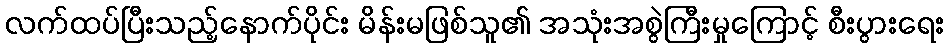
လက်ထပ်ပြီးသည့်နောက်ပိုင်း မိန်းမဖြစ်သူ၏ အသုံးအစွဲကြီးမှုကြောင့် စီးပွားရေး